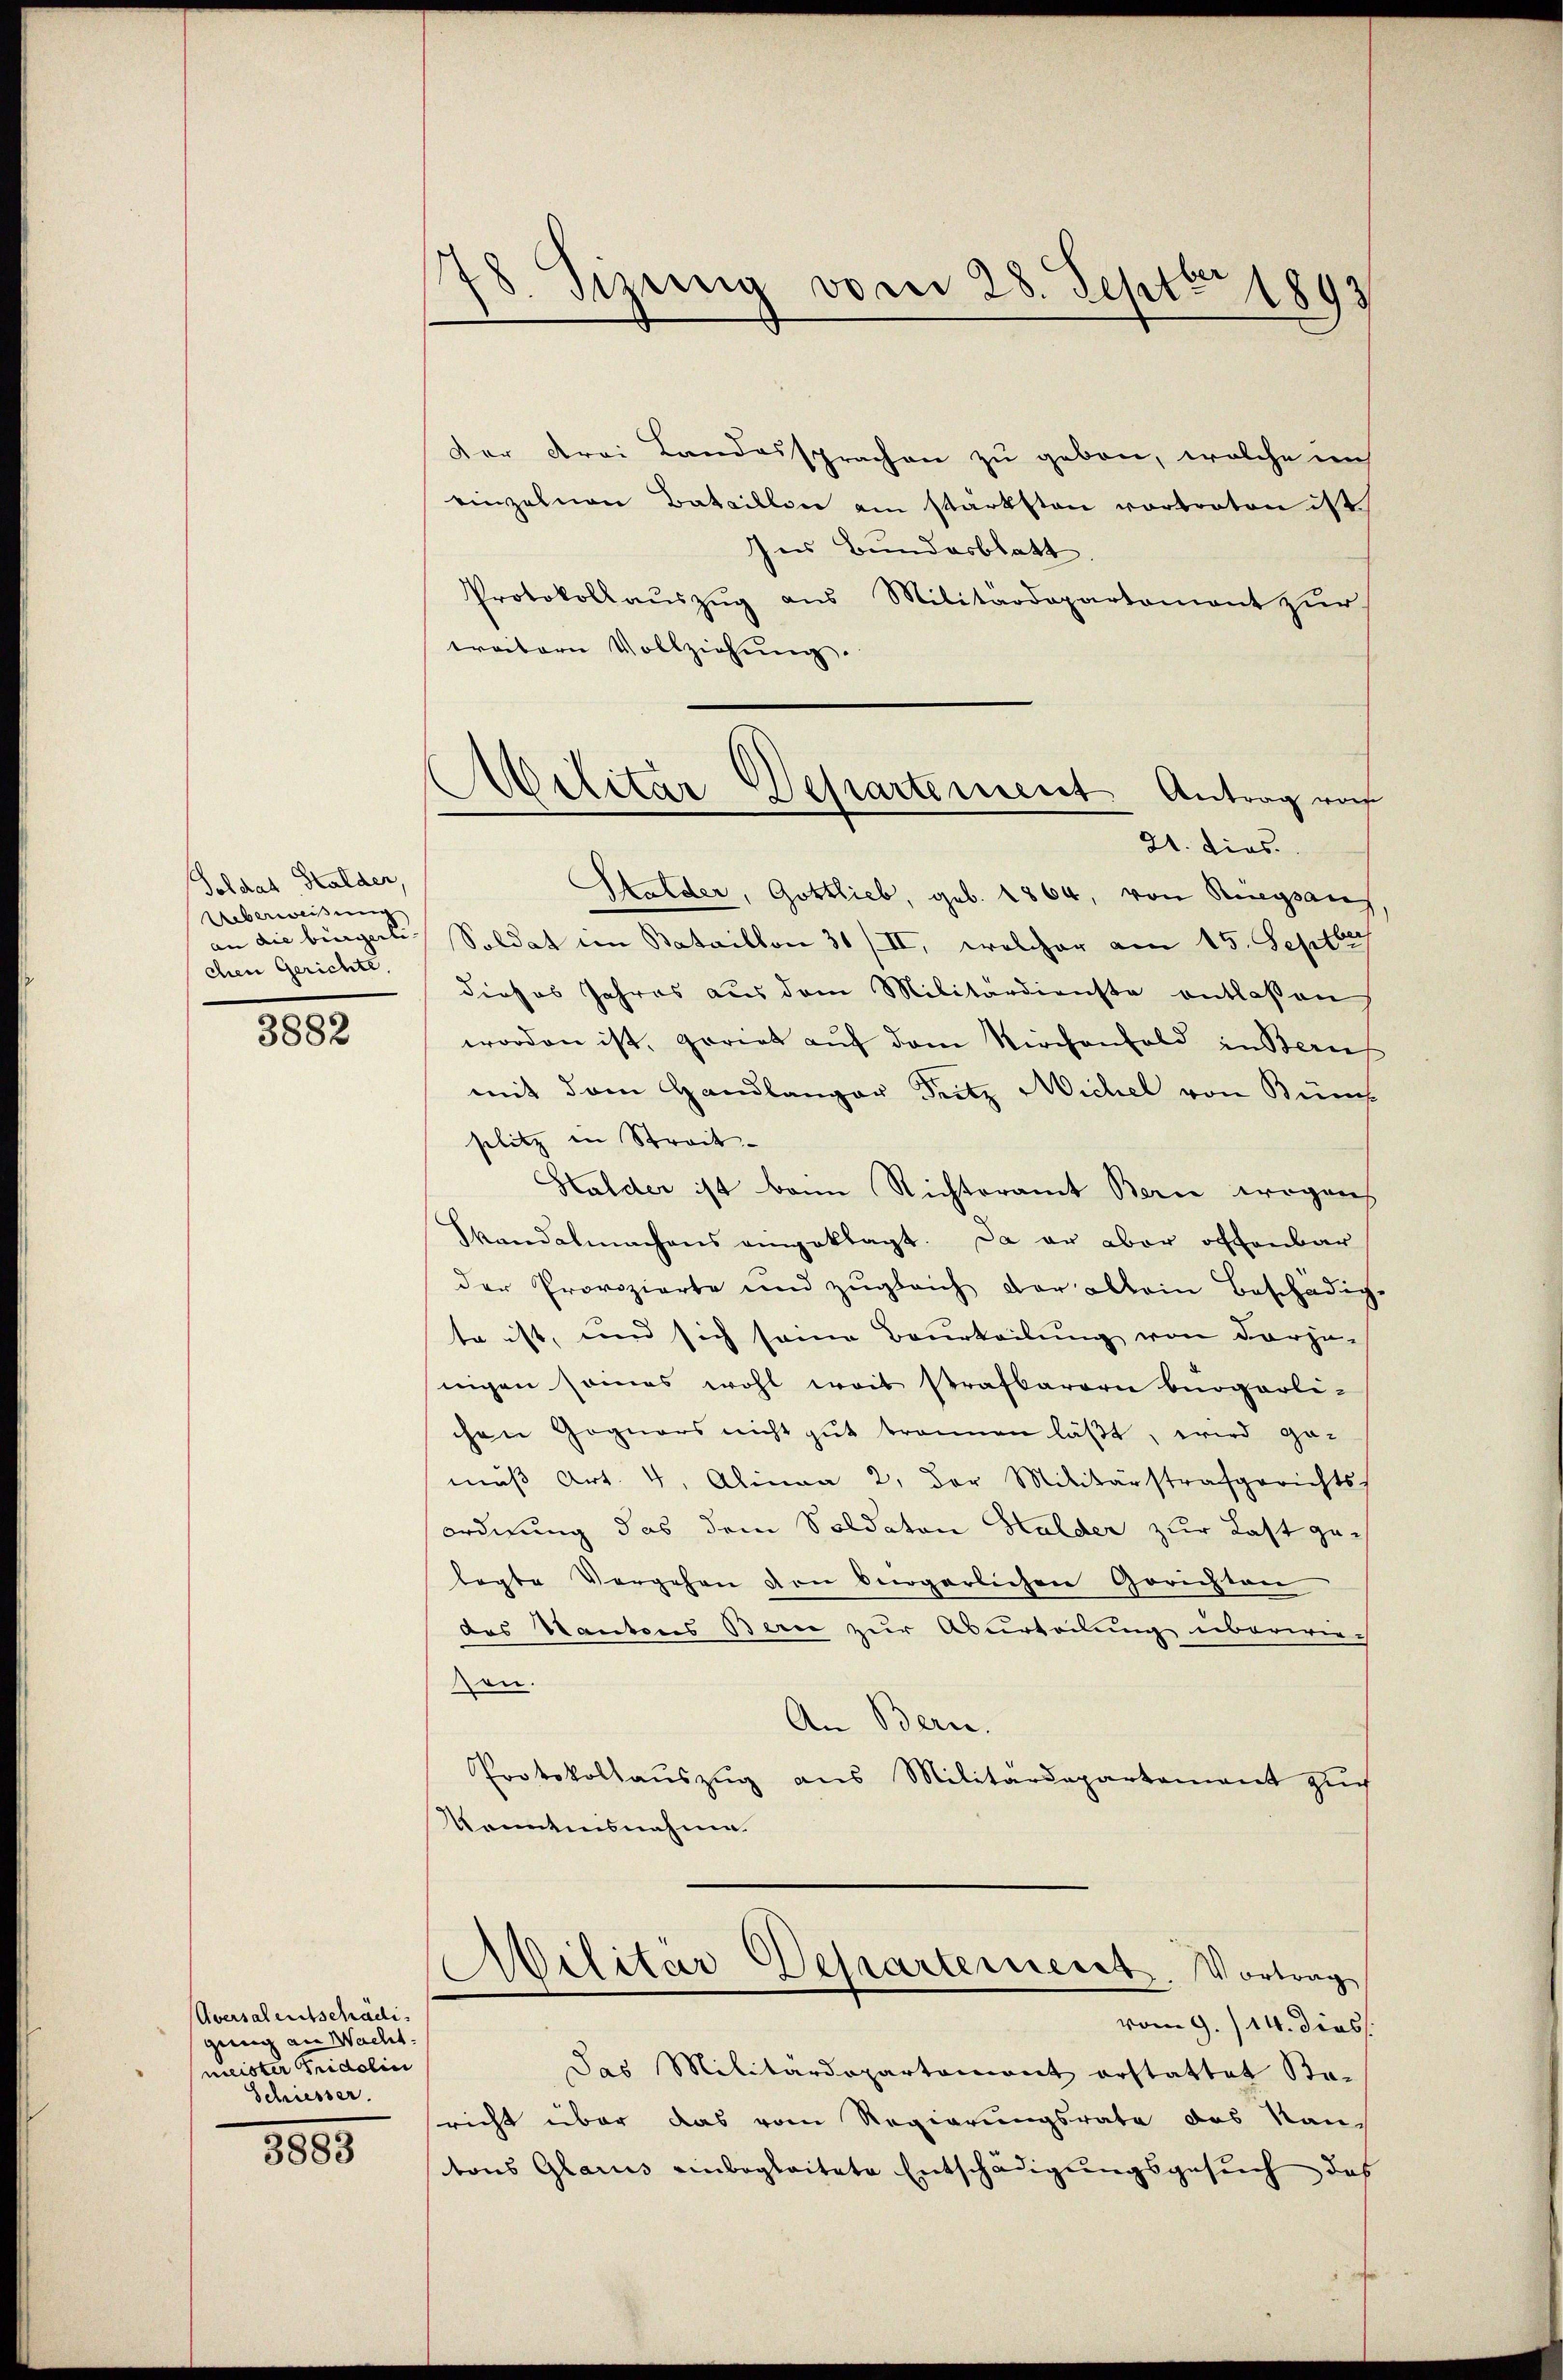
Soldat Stalder
Ueberweisung
an die bürgerli- |
chen Gerichte,

3882

Aversalentschädi
genug von Wacht.
meister Fridolin
Schiesser.
3883

s
78. Sizung vom 28. Septbr 1893

der drei Landossprachen zu gebon, welche in
einzelnen Bataillon am stärksten vortreten ist.
Ins Bundesblatt
Protokollaŭszŭg ans Militärdepartament zur
treitern Vollziehŭng.
Stalder, Gottlieb, geb. 1864, von Kriegsans
Soldat in Bataillon 30/II, welcher am 15. Septber
dieses Jahres aus dem Militärdienste entlaßen
worden ist, geriet auf dem Kirchenfeld in Berneh
mit dem Handlanger Seitz Michel von Bün
politz in Streit
Halder ist beim Richteramt Bern wogen
Skandalmachens eingeklagt. Da er aber offenbar
der Provozierte und zŭgleich der allein Beschädig-
te ist, und sich seine Beurteilung von darzu-
nigen somas wohl weit strafbarer bürgerli-
chen Gognars nicht gut trennen läßt, wird ge-
mŭβ Art. 4, Alinea 2. der Militärstrafgerichts-
ordnung das dem Soldaten Halder zur Last gelegte Vergehen von bergerlichen Gerichten
des Kantons Bern zur Aburteilung überwie-
sen.
An Bern.
Protokollaŭszŭg aŭs Militärdepartement zŭch
konntensnahme
Militär-Departement. Vortrag
vom 9./14. dies
Das Militärdepartemont erstattet Staricht über das vom Regierungsrate das Nan-
tons Glarus einbegleitete Entschädigungsgesuch das

Militar Departement Antrag von
21. dies